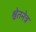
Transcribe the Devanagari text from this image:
श्वेतनेत्र